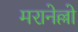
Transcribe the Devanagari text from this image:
मरानेल्लो